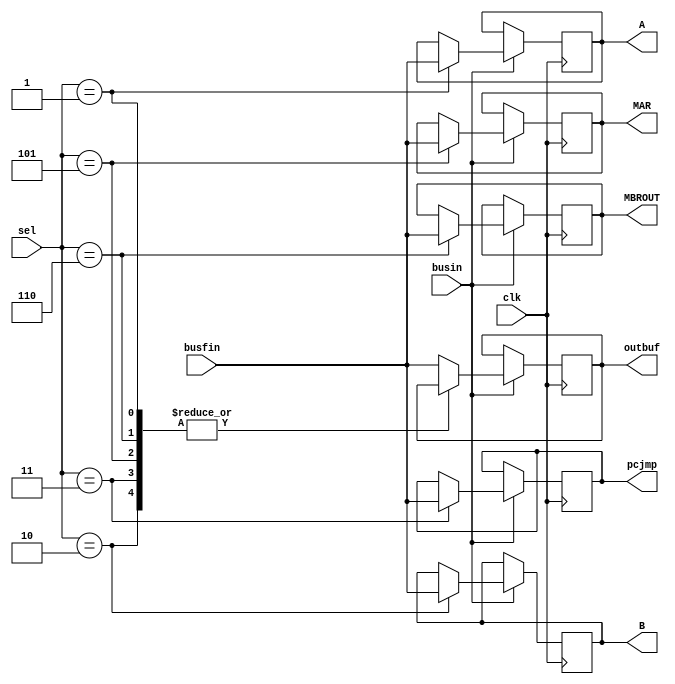
`timescale 1ns / 1ps
//////////////////////////////////////////////////////////////////////////////////
// Company: 
// Engineer: 
// 
// Design Name: 
// Module Name: sourcemux
// Project Name: 
// Target Devices: 
// Tool Versions: 
// Description: 
// 
// Dependencies: 
// 
// Revision:
// Revision 0.01 - File Created
// Additional Comments:
// 
//////////////////////////////////////////////////////////////////////////////////


module demux(output reg [7:0] A,
                 output reg [7:0] B,
                 output reg [7:0] outbuf,
                 output reg [7:0] pcjmp,
                 output reg [7:0] MAR,
                 output reg [7:0] MBROUT,
                 input wire [2:0] sel,
                 input wire clk,
                 input wire [7:0] busfin,
                 input wire busin
                 );


always@(posedge clk)
begin 
    if(busin) 
        begin
        case(sel)
                3'h1: 
                A=busfin;
                3'h2: 
                B=busfin;
                3'h3:
                pcjmp=busfin;
                3'h4: 
                outbuf=busfin;
                3'h5:
                MAR=busfin;
                3'h6:
                MBROUT=busfin;
                default: 
                outbuf=busfin;
           endcase
        end
end

endmodule